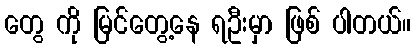
တွေ ကို မြင်တွေ့နေ ရဦးမှာ ဖြစ် ပါတယ်။